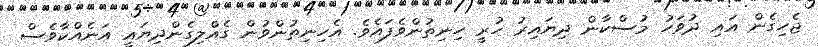
ޖެހިގެން އައި ދުވަހު މުސްކާން ދިޔައިރު ހުރީ ހިނިތުންވެފައެވެ. އެހިނިތުންވުން ގެއްލިގެންދިޔައީ އަނެއްކާވެސް